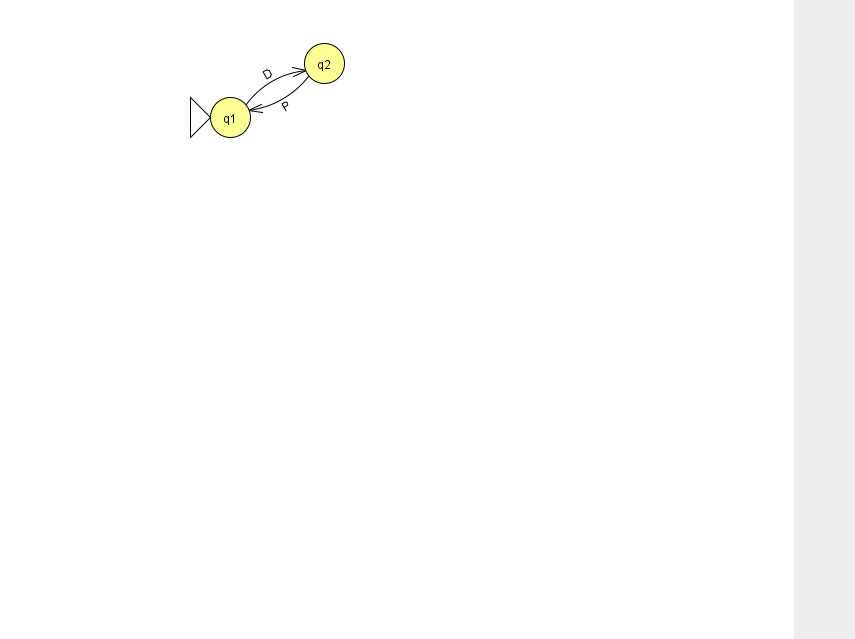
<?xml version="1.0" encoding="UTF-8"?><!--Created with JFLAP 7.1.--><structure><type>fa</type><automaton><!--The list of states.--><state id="1" name="q1"><x>230.0</x><y>104.0</y><initial/></state><state id="2" name="q2"><x>324.0</x><y>50.0</y></state><!--The list of transitions.--><transition><from>2</from><to>1</to><read>P</read></transition><transition><from>1</from><to>2</to><read>D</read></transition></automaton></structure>